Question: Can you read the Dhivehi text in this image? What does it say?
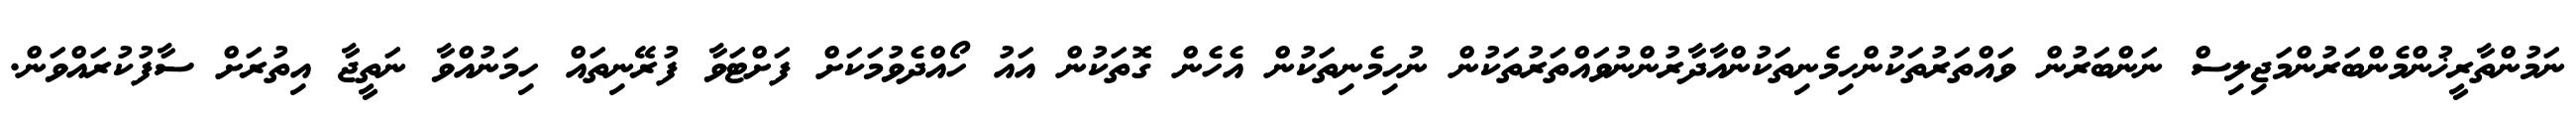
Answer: ނަމުންތާރީޚުންމެންބަރުންމަޖިލިސް ނަންބަރުން ވައްތަރުތަކުންހިމެނިތަކުންއާދާރުންނުވައްތަރުތަކުން ނުހިމެނިތަކުން އެހެން ގޮތަކުން އައު ހޯއްދެވުމަކަށް ފަށްޓަވާ ފުރޭނިތައް ހިމަނުއްވާ ނަތީޖާ އިތުރަށް ސާފުކުރައްވަން.